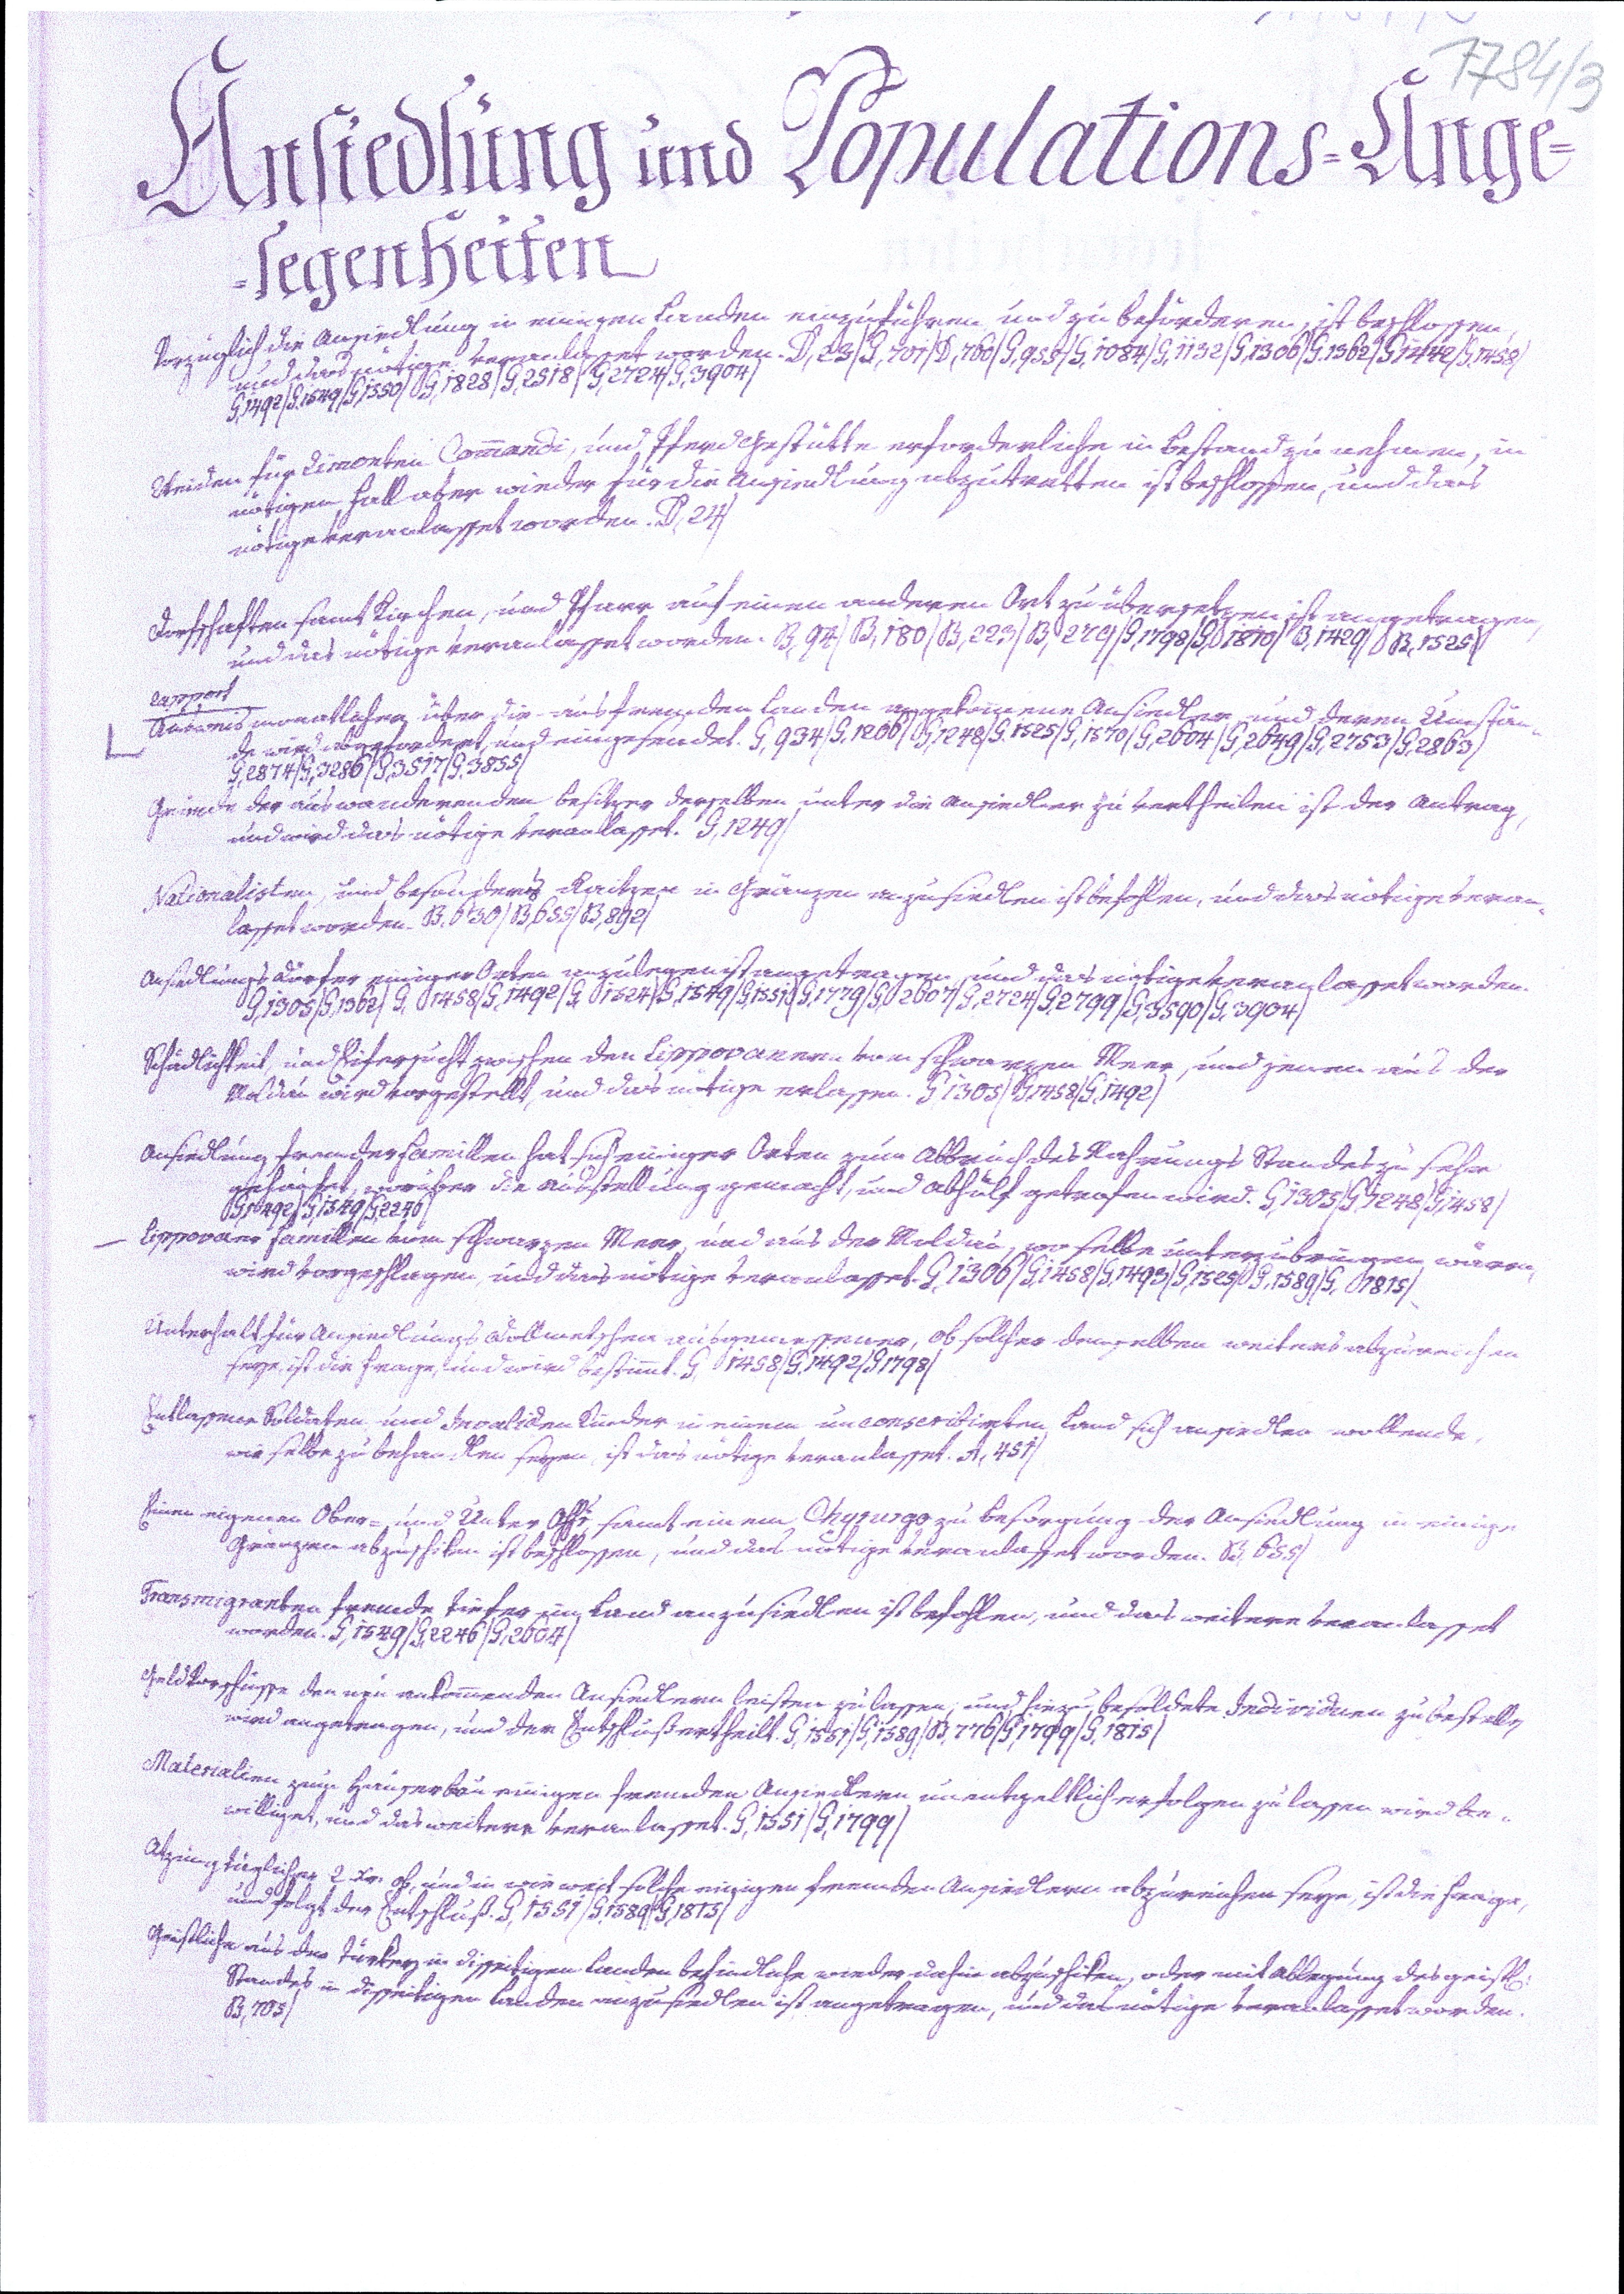
1784/3
Ansiedlung und Populations=Ange¬
legenheiten
Vorzüglich die Ansiedlung in einigen Landen einzuführen und zu befördern, ist beschlossen,
und das nötige veranlasset worden. D,23/G,701/D,760/G,955/G,1084/G,1132/G,1306/G,1362/G1442/G,1458/
G,1492/G,1549/G,1828/G,2724/G,3904/
Weiden für Rimonten Commandi, und Pferd Gestütte erforderliche in Bestand zu nehmen, in
nötigen Fall aber wieder für die Ansiedlung abzutretten ist beschlossen, und das
nötige veranlasset worden. D,24/
Dorfschaften samt Kirchen, und Pfarr auf einen anderen Ort zu übersetzen ist angetragen,
und das nötige veranlasset worden. B,94/B,180/B,223/B,279/G,1798/G,1810/B,1429/B,1525/
Rapport
Ausweis monatlicher über die aus fremden Landen angekommene Ansiedler, und deren Umstän¬
de wird abgefordert, und eingesendet. G,934/G,1206/G,1248/G,1525/G,1570/G,2604/G,2649/G,2753/G,2863/
G,2874/G,3286/G,3517/G,3855/
Gründe der auswanderenden Besitzer derselben unter die Ansiedler zu vertheilen ist der Antrag,
und wird das nötige veranlasset. G,1249/
Nationalisten, und besonders Raitzen in Gränzen anzusiedlen ist befohlen, und das nötige veran¬
lasset worden. B,630/B,655/B,892/
Ansiedlungsdörfer einiger Orten anzulegen ist angetragen, und das nötige veranlasset worden.
G,1305/G,1362/G,1458/G,1492/G,1524/G,1549/G,1551/G,1779/G,2607/G,2724/G,2799/G,3590/G,3904/
Schädlichkeit, und Eifersucht zwischen den Lippovanern vom schwarzen Meer, und jenen aus der
Moldau wird vorgestellt, und das nötige erlassen. G1305/G1458/G,1492/
Ansiedlung fremder Famillen hat sich einiger Orten zum Abbruch des Nahrungs Standes zu sehr
gehäufet, worüber die Ausstellung gemacht, und Abhülf getrofen wird. G,1305/G,1248/G,1458/
G,1492/G,1549/G,2240/
Lippovaer Famillen vom schwarzen Meer, und aus der Moldau, wo selbe unterzubringen wären,
wird vorgeschlagen, und das nötige veranlasset. G,1306/G,1458/G,1493/G,1525/G,1589/G,1815/
Unterhalt für Ansiedlungs Dollmetscher ausgemessener, ob solcher denselben weiters abzureichen
seye, ist die Frage, und wird bestimmt. G,1458/G,1492/G1798/
Entlassene Soldaten, und Invaliden Kinder in einem unconscribirten Land sich ansiedlen wollende,
wie selbe zu behandlen seyen, ist das nötige veranlasset. A,451/
Einen eigenen Ober= und Unter Offc samt einem Chyrurgo zu Besorgung der Ansiedlung in einige
Gränzen abzuschiken ist beschlossen, und das nötige veranlasset worden. B,655/
Transmigranten fremde tiefer im Land anzusiedlen ist befohlen, und das weitere veranlasset
worden. G,1549/G,2246/G,2604/
Geld Vorschüsse den neu ankommenden Ansiedlern leisten zu lassen, und hiezu besoldete Individuen zu bestellen
wird angetragen, und der Entschluß ertheilt. G,1551/G,1589/B,776/B,1799/G,1815/
Materialien zum Häuserbau einigen fremden Ansiedlern unentgeltlich erfolgen zu lassen wird be¬
williget, und das weitere veranlasset. G,1551/G,1799/
Atzung täglicher 2 xr. ob, und in wie weit solche einigen fremden Ansiedlern abzureichen seye, ist die Frage,
und folgt der Entschluß. G,1551/G,1589/G,1815/
Geistliche aus der Türkey in disseitigen Landen befündliche wieder dahin abzuschiken, oder mit Ablegung des geistl.
Standes in disseitigen Landen anzusiedlen ist angetragen, und das nötige veranlasset worden.
B,705/